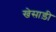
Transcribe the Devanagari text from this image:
खेसाड़ी